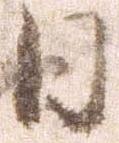
日